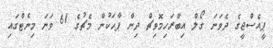
ޕީއެސްޖީގެ ދެވަނަ ގޯލް އިބްރަހިމޮވިޗް ދިން ޕާހަކުން މެޗުގެ 61 ވަނަ މިނެޓްގައި